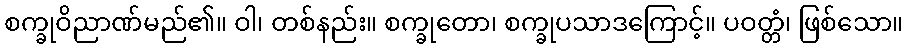
စက္ခုဝိညာဏ်မည်၏။ ဝါ၊ တစ်နည်း။ စက္ခုတော၊ စက္ခုပသာဒကြောင့်။ ပဝတ္တံ၊ ဖြစ်သော။